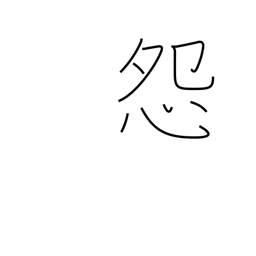
Meaning: be jealous